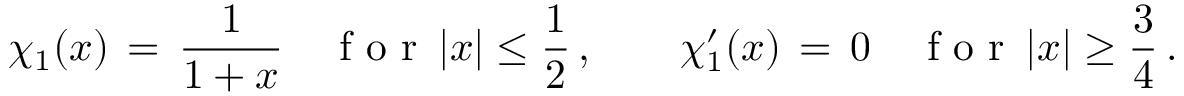
\chi _ { 1 } ( x ) \, = \, \frac { 1 } { 1 + x } \quad \mathrm { ~ f ~ o ~ r ~ } \, | x | \le \frac 1 2 \, , \qquad \chi _ { 1 } ^ { \prime } ( x ) \, = \, 0 \quad \mathrm { ~ f ~ o ~ r ~ } \, | x | \ge \frac 3 4 \, .